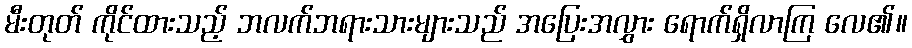
မီးတုတ် ကိုင်ထားသည့် ဘလက်ဘရားသားများသည် အပြေးအလွှား ရောက်ရှိလာကြ လေ၏။